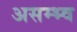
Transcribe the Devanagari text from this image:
असम्भ्व